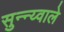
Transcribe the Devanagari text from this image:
सुन्न्य्वाले